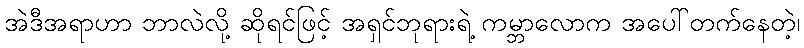
အဲဒီအရာဟာ ဘာလဲလို့ ဆိုရင်ဖြင့် အရှင်ဘုရားရဲ့ ကမ္ဘာလောက အပေါ်တက်နေတဲ့၊